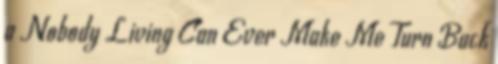
a Nobody Living Can Ever Make Me Turn Back